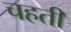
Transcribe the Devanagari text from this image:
चहती